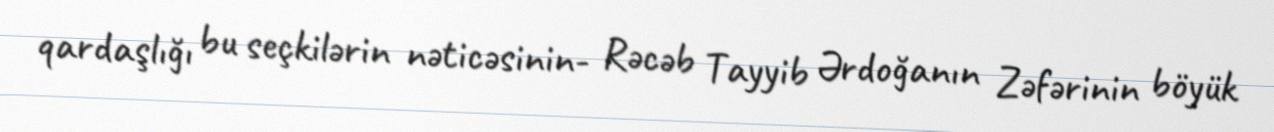
qardaşlığı bu seçkilərin nəticəsinin- Rəcəb Tayyib Ərdoğanın Zəfərinin böyük